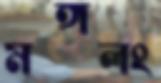
মঙ্গলং